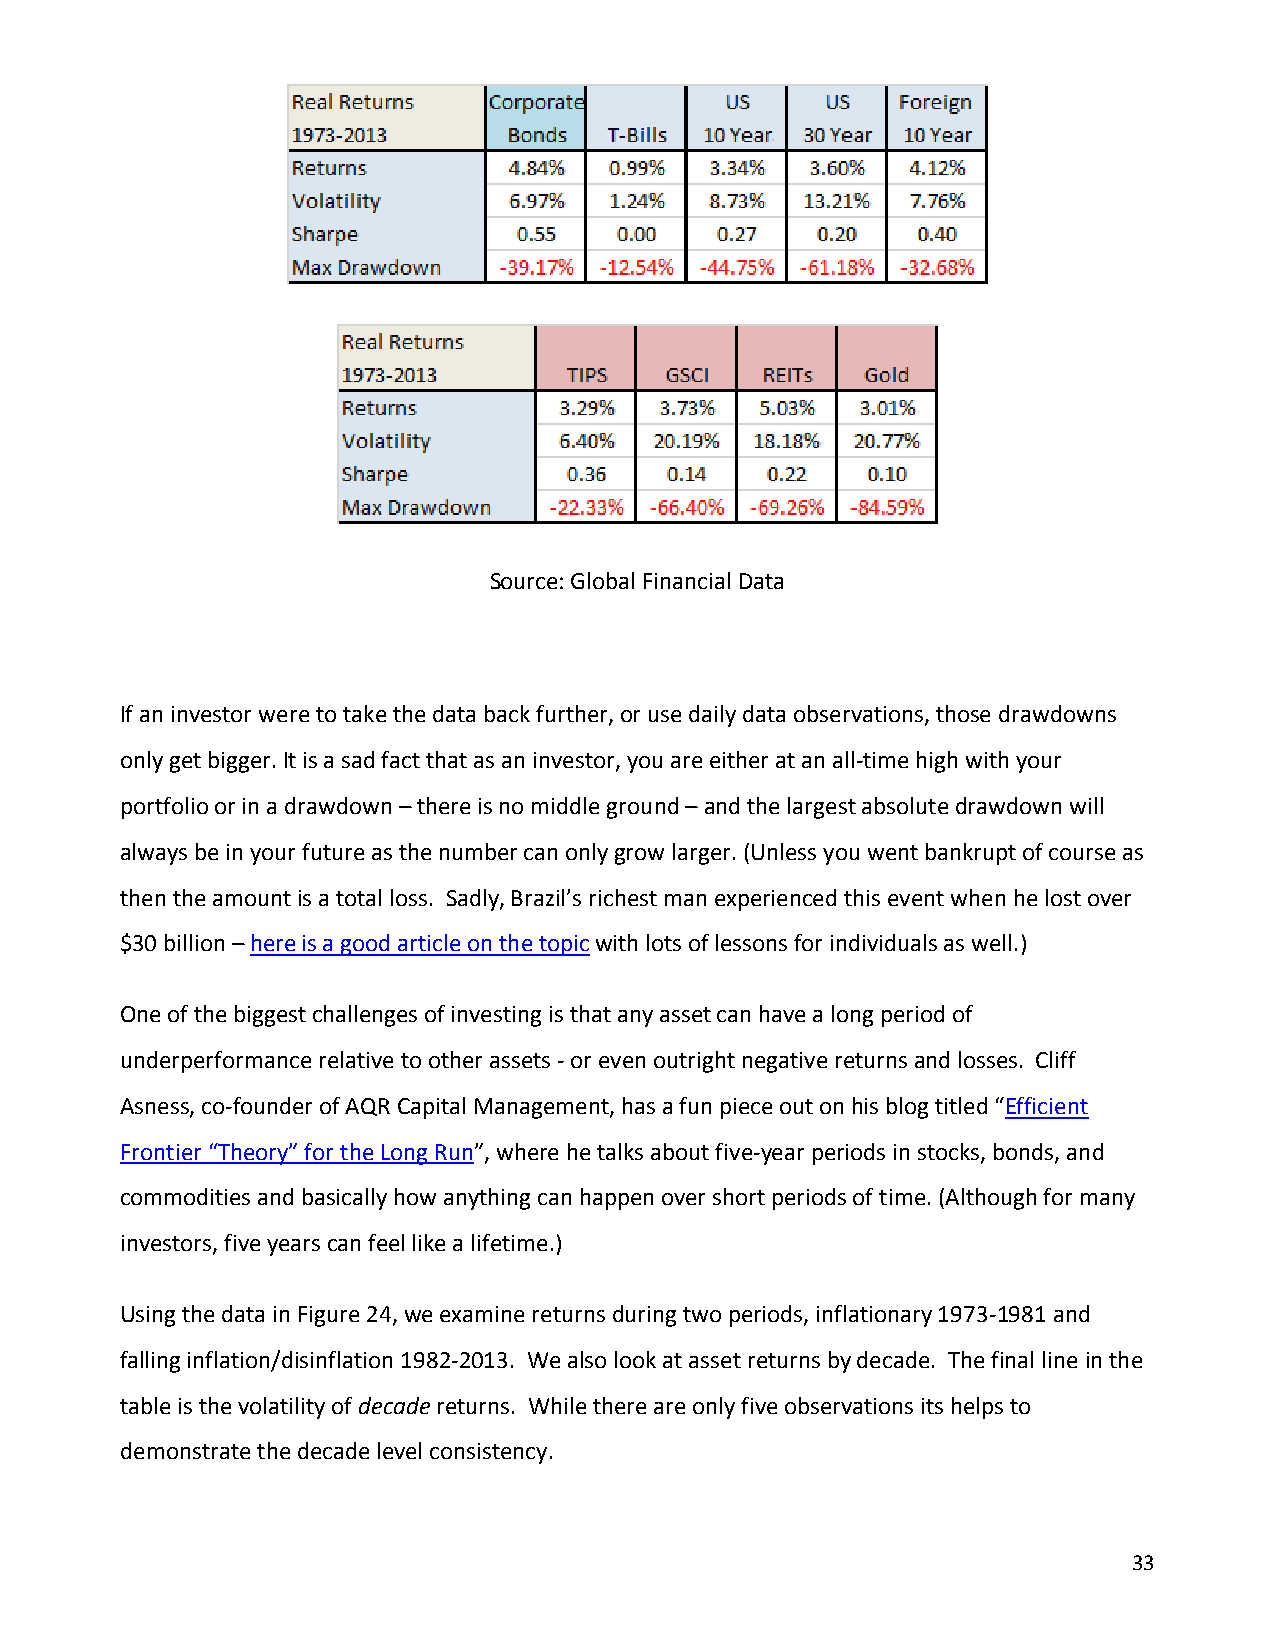
Source: Global Financial Data
 If an investor were to take the data back further, or use daily data observations, those drawdowns
 only get bigger. It is a sad fact that as an investor, you are either at an all-time high with your
 portfolio or in a drawdown – there is no middle ground – and the largest absolute drawdown will
 always be in your future as the number can only grow larger. (Unless you went bankrupt of course as
 then the amount is a total loss. Sadly, Brazil’s richest man experienced this event when he lost over
 $30 billion – here is a good article on the topic with lots of lessons for individuals as well.)
 One of the biggest challenges of investing is that any asset can have a long period of
 underperformance relative to other assets - or even outright negative returns and losses. Cliff
 Asness, co-founder of AQR Capital Management, has a fun piece out on his blog titled “Efficient
 Frontier “Theory” for the Long Run”, where he talks about five-year periods in stocks, bonds, and
 commodities and basically how anything can happen over short periods of time. (Although for many
 investors, five years can feel like a lifetime.)
 Using the data in Figure 24, we examine returns during two periods, inflationary 1973-1981 and
 falling inflation/disinflation 1982-2013. We also look at asset returns by decade. The final line in the
 table is the volatility of decade returns. While there are only five observations its helps to
 demonstrate the decade level consistency.
 33